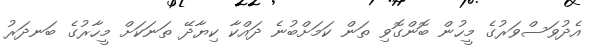
އެދުވަސްވަރުގެ މީހުން ބޮންގޮވި ތަން ކަމަށްބުނެ ދައްކާ ކިޔާދޭ ތަނަކަށް މީހާރުގެ ބަނދަރު